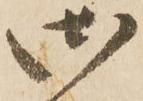
御